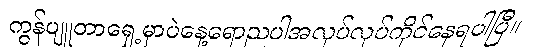
ကွန်ပျူတာရှေ့မှာပဲနေ့ရောညပါအလုပ်လုပ်ကိုင်နေရပါပြီ။